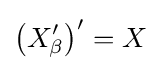
\left(X_{\beta }^{\prime }\right)^{\prime }=X